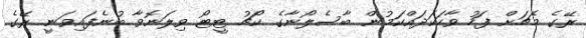
ރޭގެ މެޗަށް ފަހު ވާހަކަދައްކަމުން ބާސެލޯނާގެ ކޯޗު ޓީޓޯ ވިލަނޮވާ ބުނެފައިވަނީ ރޭގެ